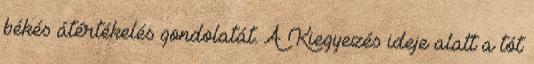
békés átértékelés gondolatát. A Kiegyezés ideje alatt a tót